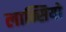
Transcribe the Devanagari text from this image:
लान्सियो